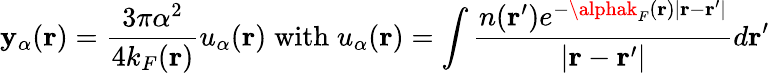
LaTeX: \mathbf{y}_{\alpha}(\mathbf{{r}})=\frac{{3\pi\alpha^{2}}}{{4k_{F}(\mathbf{{r}})}}u_{\alpha}(\mathbf{{r}})\; \textrm{{with}}\; u_{\alpha}(\mathbf{{r}})=\int\frac{{n(\mathbf{{r}}^{\prime})e^{-\alphak_{F}(\mathbf{{r}})|\mathbf{{r}}-\mathbf{{r}}^{\prime}|}}}{{|\mathbf{{r}}-\mathbf{{r}}^{\prime}|}}d\mathbf{{r}}^{\prime}